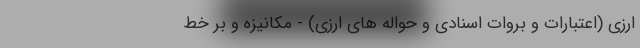
ارزی (اعتبارات و بروات اسنادی و حواله های ارزی) - مکانیزه و بر خط